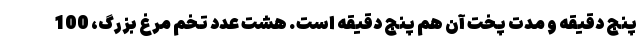
پنج دقیقه و مدت پخت آن هم پنج دقیقه است. هشت عدد تخم مرغ بزرگ، 100